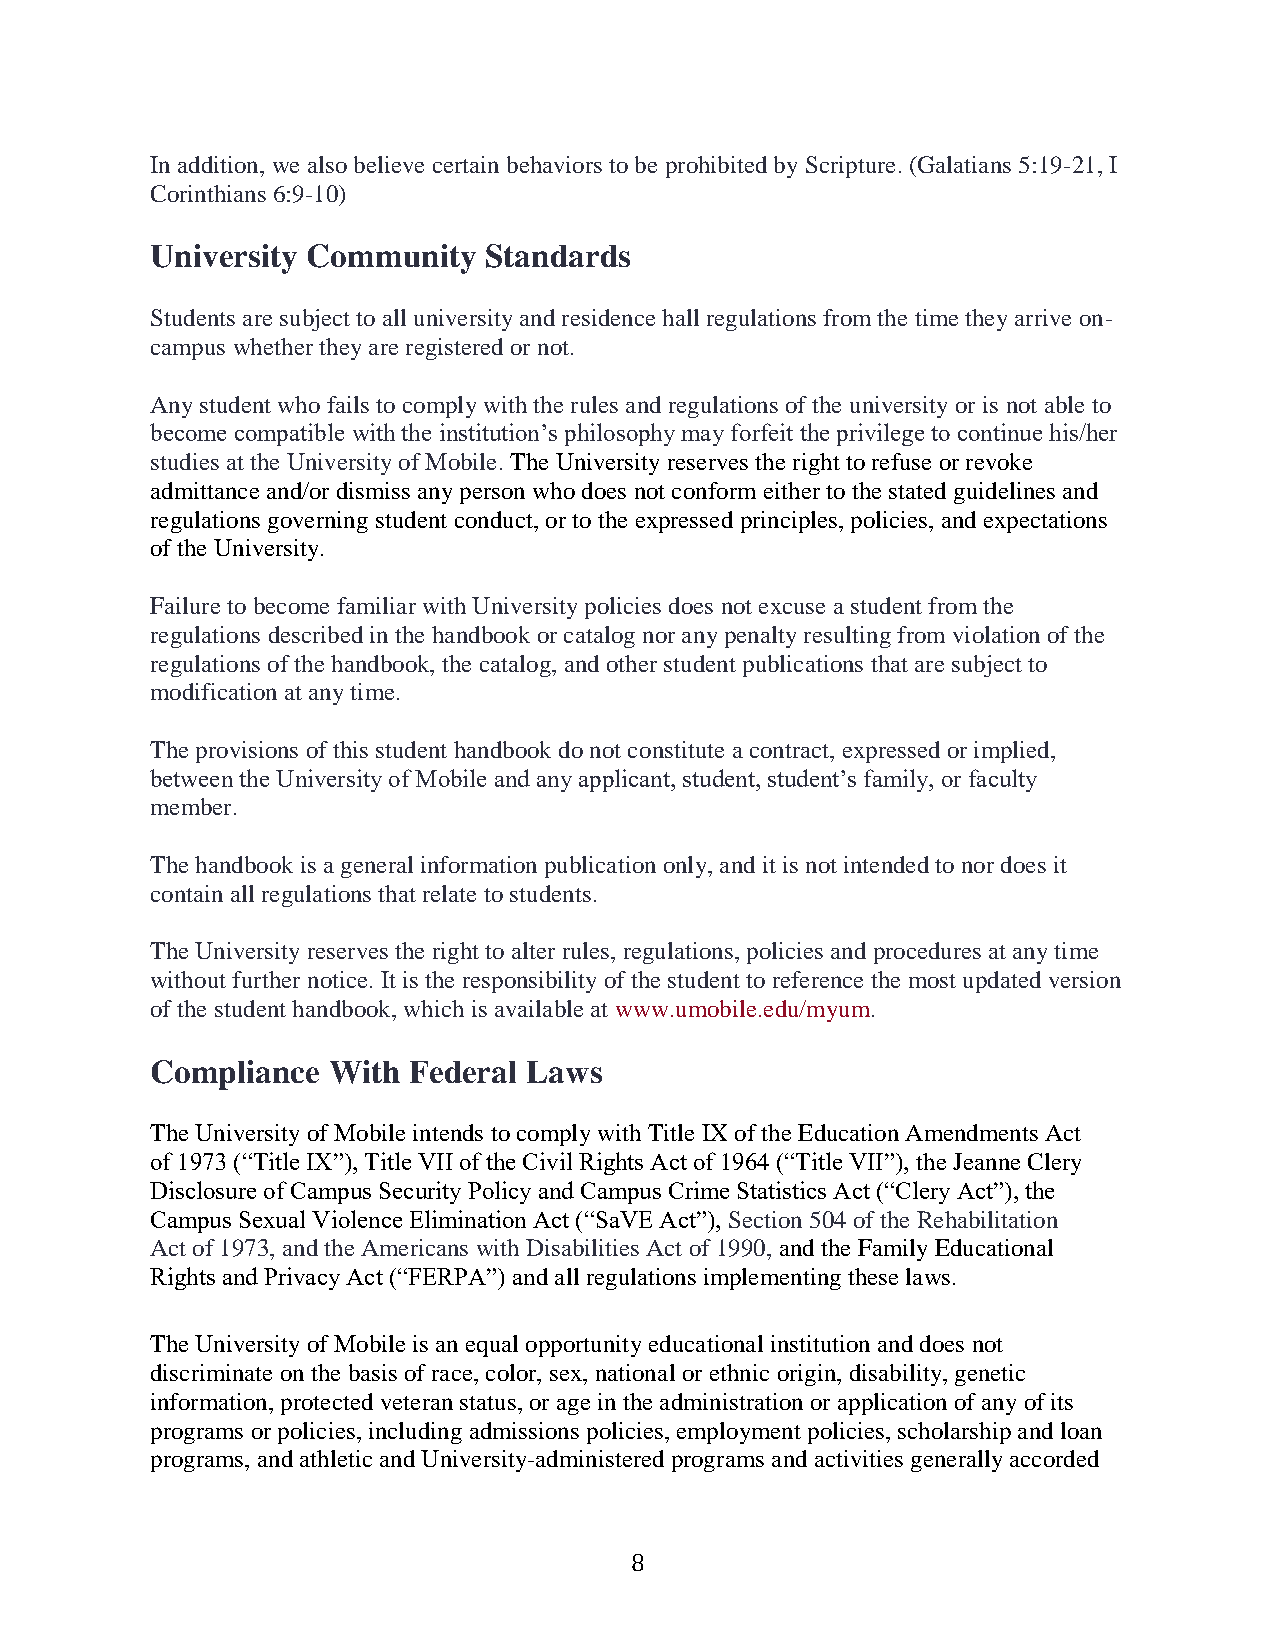
In addition, we also believe certain behaviors to be prohibited by Scripture. (Galatians 5:19-21, I
 Corinthians 6:9-10)
 University Community  Standards
 Students are subject to all university and residence hall regulations from the time they arrive on-
 campus whether they are registered or not.
 Any student who fails to comply with the rules and regulations of the university or is not able to
 become compatible with the institution’s philosophy may forfeit the privilege to continue his/her
 studies at the University of Mobile. The University reserves the right to refuse or revoke
 admittance and/or dismiss any person who does not conform either to the stated guidelines and
 regulations governing student conduct, or to the expressed principles, policies, and expectations
 of the University.
 Failure to become familiar with University policies does not excuse a student from the
 regulations described in the handbook or catalog nor any penalty resulting from violation of the
 regulations of the handbook, the catalog, and other student publications that are subject to
 modification at any time.
 The provisions of this student handbook do not constitute a contract, expressed or implied,
 between the University of Mobile and any applicant, student, student’s family, or faculty
 member.
 The handbook is a general information publication only, and it is not intended to nor does it
 contain all regulations that relate to students.
 The University reserves the right to alter rules, regulations, policies and procedures at any time
 without further notice. It is the responsibility of the student to reference the most updated version
 of the student handbook, which is available at www.umobile.edu/myum.
 Compliance  With Federal Laws
 The University of Mobile intends to comply with Title IX of the Education Amendments Act
 of 1973 (“Title IX”), Title VII of the Civil Rights Act of 1964 (“Title VII”), the Jeanne Clery
 Disclosure of Campus Security Policy and Campus Crime Statistics Act (“Clery Act”), the
 Campus Sexual Violence Elimination Act (“SaVE Act”), Section 504 of the Rehabilitation
 Act of 1973, and the Americans with Disabilities Act of 1990, and the Family Educational
 Rights and Privacy Act (“FERPA”) and all regulations implementing these laws.
 The University of Mobile is an equal opportunity educational institution and does not
 discriminate on the basis of race, color, sex, national or ethnic origin, disability, genetic
 information, protected veteran status, or age in the administration or application of any of its
 programs or policies, including admissions policies, employment policies, scholarship and loan
 programs, and athletic and University-administered programs and activities generally accorded
 8